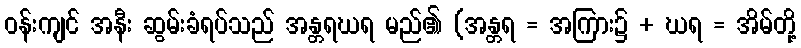
ဝန်းကျင် အနီး ဆွမ်းခံရပ်သည် အန္တရဃရ မည်၏ (အန္တရ = အကြား၌ + ဃရ = အိမ်တို့